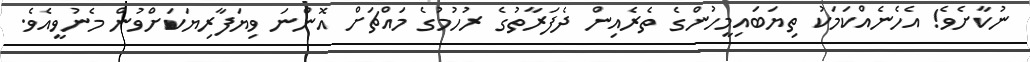
ނުކާށެވެ! އެހެނެއްކަމަކު ތިޔަބައިމީހުންގެ ތެރެއިން ދެފަރާތުގެ ރުހުމުގެ މައްޗަށް އޮންނަ ވިޔަފާރިޔަކަށްވުން މެނުވީއެވެ.